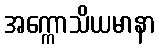
အက္ကောသိယမာနာ